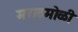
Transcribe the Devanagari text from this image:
मराठमोळी